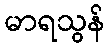
မာရသွန်